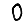
Digit: 0